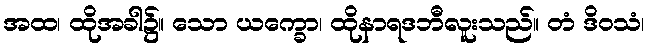
အထ၊ ထိုအခါ၌။ သော ယက္ခော၊ ထိုနာရဒဘီလူးသည်။ တံ ဒိဝသံ၊